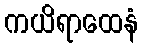
ကယိရာထေနံ